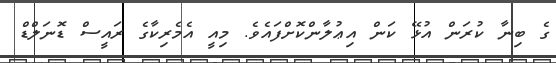
ގެ ބިނާ ކުރަން އުޅޭ ކަން އިޢުލާންކޮށްފައެވެ. މިއީ އެމެރިކާގެ ރައީސް ޑޮނަލްޑް